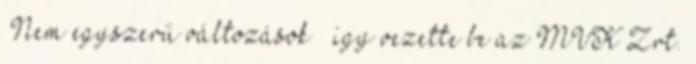
„Nem egyszerű változások”– így vezette be az MVK Zrt.